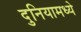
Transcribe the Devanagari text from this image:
दुनियामध्ये